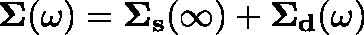
\begin{array} { r } { \mathbf { \Sigma } ( \omega ) = \mathbf { \Sigma _ { s } } ( \infty ) + \mathbf { \Sigma _ { d } } ( \omega ) } \end{array}